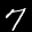
Label: 7